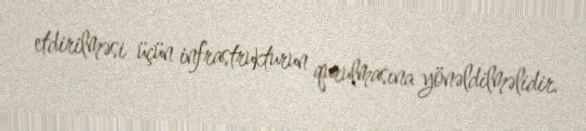
etdirilməsi üçün infrastrukturun qurulmasına yönəldilməlidir.